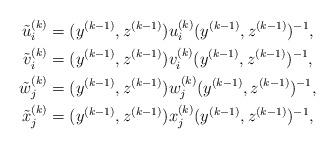
LaTeX: \begin{align*}\tilde u_i^{(k)} &=(y^{(k-1)},z^{(k-1)})u_i^{(k)}(y^{(k-1)},z^{(k-1)})^{-1},\\\tilde v_i^{(k)} &=(y^{(k-1)},z^{(k-1)})v_i^{(k)}(y^{(k-1)},z^{(k-1)})^{-1},\\\tilde w^{(k)}_j &=(y^{(k-1)},z^{(k-1)})w_j^{(k)}(y^{(k-1)},z^{(k-1)})^{-1},\\\tilde x^{(k)}_j &=(y^{(k-1)},z^{(k-1)})x_j^{(k)}(y^{(k-1)},z^{(k-1)})^{-1},\end{align*}